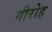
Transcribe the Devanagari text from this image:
गीरोह